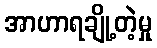
အာဟာရချို့တဲ့မှု